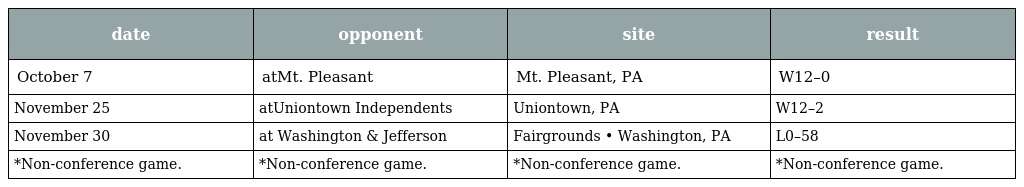
| date | opponent | site | result |
 | --- | --- | --- | --- |
 | October 7 | atMt. Pleasant | Mt. Pleasant, PA | W12–0 |
 | November 25 | atUniontown Independents | Uniontown, PA | W12–2 |
 | November 30 | at Washington & Jefferson | Fairgrounds • Washington, PA | L0–58 |
 | *Non-conference game. | *Non-conference game. | *Non-conference game. | *Non-conference game. |